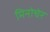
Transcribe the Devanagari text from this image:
मिनोचेर